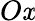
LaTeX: O\mathit{x}